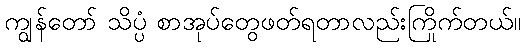
ကျွန်တော် သိပ္ပံ စာအုပ်တွေဖတ်ရတာလည်းကြိုက်တယ်။